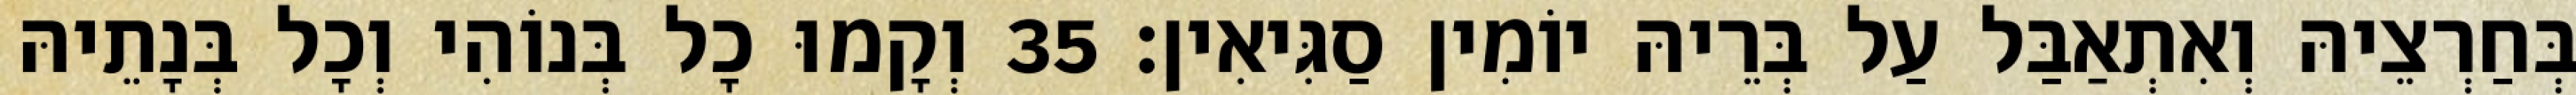
בְּחַרְצֵיהּ וְאִתְאַבַּל עַל בְּרֵיהּ יוֹמִין סַגִּיאִין׃ 35 וְקָמוּ כָל בְּנוֹהִי וְכָל בְּנָתֵיהּ